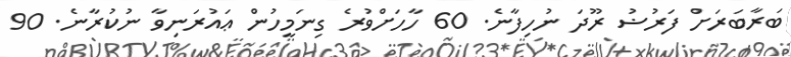
ބަރާބަރަށް ފަރުޟު ރޫދަ ނުހިފާނެ. 60 ހާހަށްވުރެ ގިނަމީހުން ޢައުރަނިވާ ނުކުރާނެ. 90